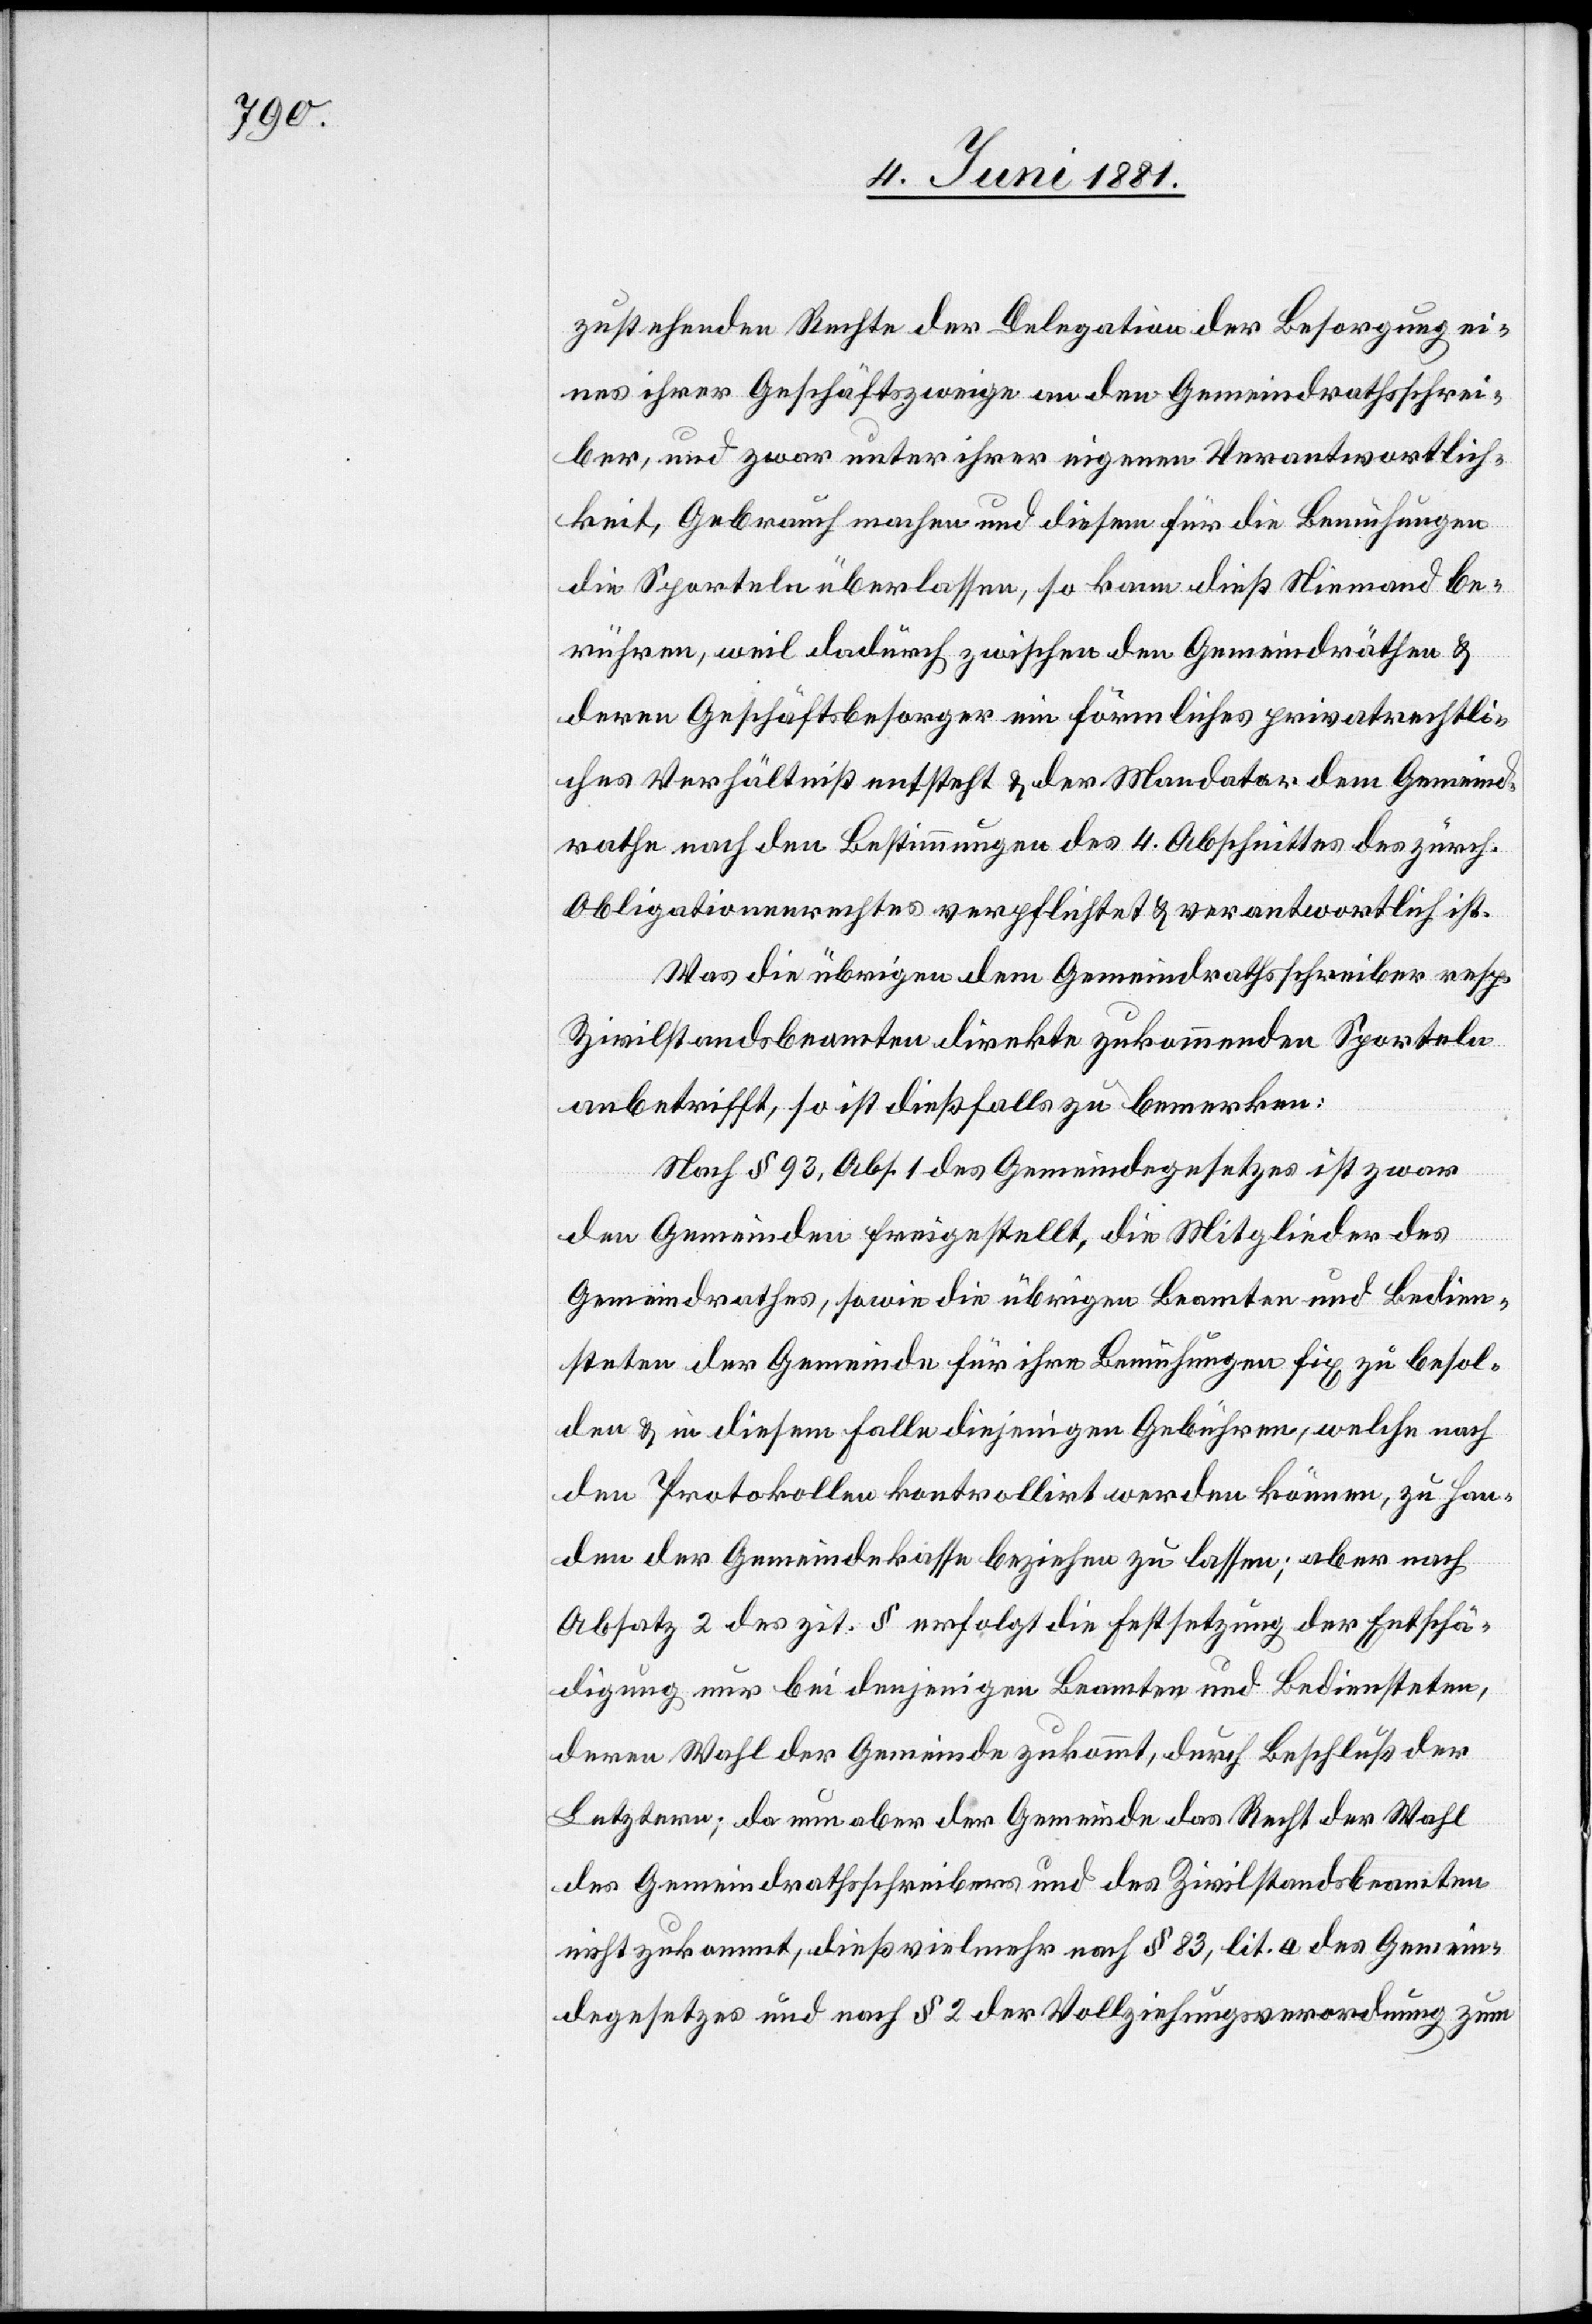
zustehenden Rechte der Delegation der Besorgung ei¬
nes ihrer Geschäftszweige an den Gemeindrathsschrei¬
ber, und zwar unter ihrer eigenen Verantwortlich¬
keit, Gebrauch machen und diesen für die Bemühungen
die Sporteln überlassen, so kann dieß Niemand be¬
rühren, weil dadurch zwischen den Gemeindräthen &
deren Geschäftsbesorger ein förmliches privatrechtli¬
ches Verhältniß entsteht & der Mandatar dem Gemeind¬
rathe nach den Bestimmungen des 4. Abschnittes des zürch.
Obligationenrechtes verpflichtet & verantwortlich ist.
Was die übrigen dem Gemeindrathsschreiber resp.
Zivilstandsbeamten direkte zukommenden Sporteln
anbetrifft, so ist dießfalls zu bemerken:
Nach § 93, Abs. 1 des Gemeindegesetzes ist zwar
den Gemeinden freigestellt, die Mitglieder des
Gemeindrathes, sowie die übrigen Beamten und Bedien¬
steten der Gemeinde für ihre Bemühungen fix zu besol¬
den & in diesem Falle diejenigen Gebühren, welche nach
den Protokollen kontrollirt werden können, zu Han¬
den der Gemeindekasse beziehen zu lassen; aber nach
Absatz 2 des zit. § erfolgt die Festsetzung der Entschä¬
digung nur bei denjenigen Beamten und Bediensteten,
deren Wahl der Gemeinde zukommt, durch Beschluß der
Letztern; da nun aber der Gemeinde das Recht der Wahl
des Gemeindrathsschreibers und des Zivilstandsbeamten
nicht zukommt, dieß vielmehr nach § 83, lit. a des Gemein¬
degesetzes und nach § 2 der Vollziehungsverordnung zum